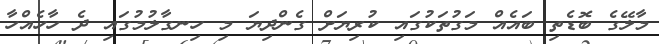
މާލޭގެ ބޮޑެތި ބައެއް މަގުތަކުގައި ކުރިޔަށް ގެންދިޔަ މި ހިނގާލުމުގައި ދެ ހާހެއްހާ